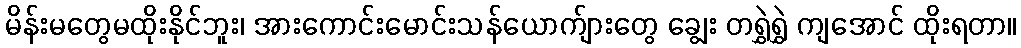
မိန်းမတွေမထိုးနိုင်ဘူး၊ အားကောင်းမောင်းသန်ယောက်ျားတွေ ချွေး တရွှဲရွှဲ ကျအောင် ထိုးရတာ။